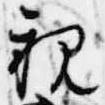
親